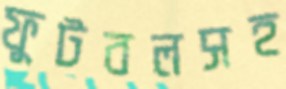
ফুটবলসহ